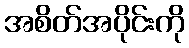
အစိတ်အပိုင်းကို